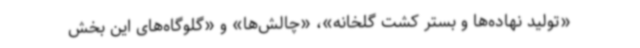
«تولید نهاده‌ها و بستر کشت گلخانه»، «چالش‌ها» و «گلوگاه‌های این بخش